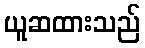
ယူဆထားသည်